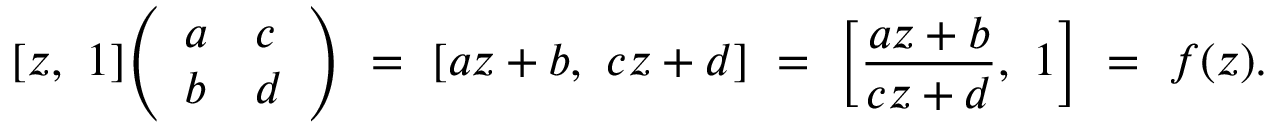
[ z , \ 1 ] { \left( \begin{array} { l l } { a } & { c } \\ { b } & { d } \end{array} \right) } \ = \ [ a z + b , \ c z + d ] \ = \ \left[ { \frac { a z + b } { c z + d } } , \ 1 \right] \ = \ f ( z ) .